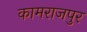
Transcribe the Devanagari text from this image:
कामराजपुर